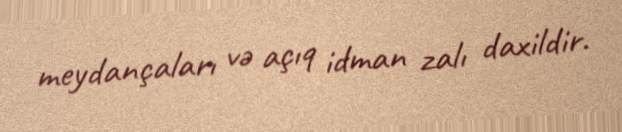
meydançaları və açıq idman zalı daxildir.